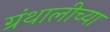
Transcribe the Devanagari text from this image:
ग्रंथालीच्‍या